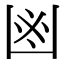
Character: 𠚍